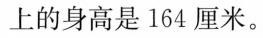
上的身高是164厘米。